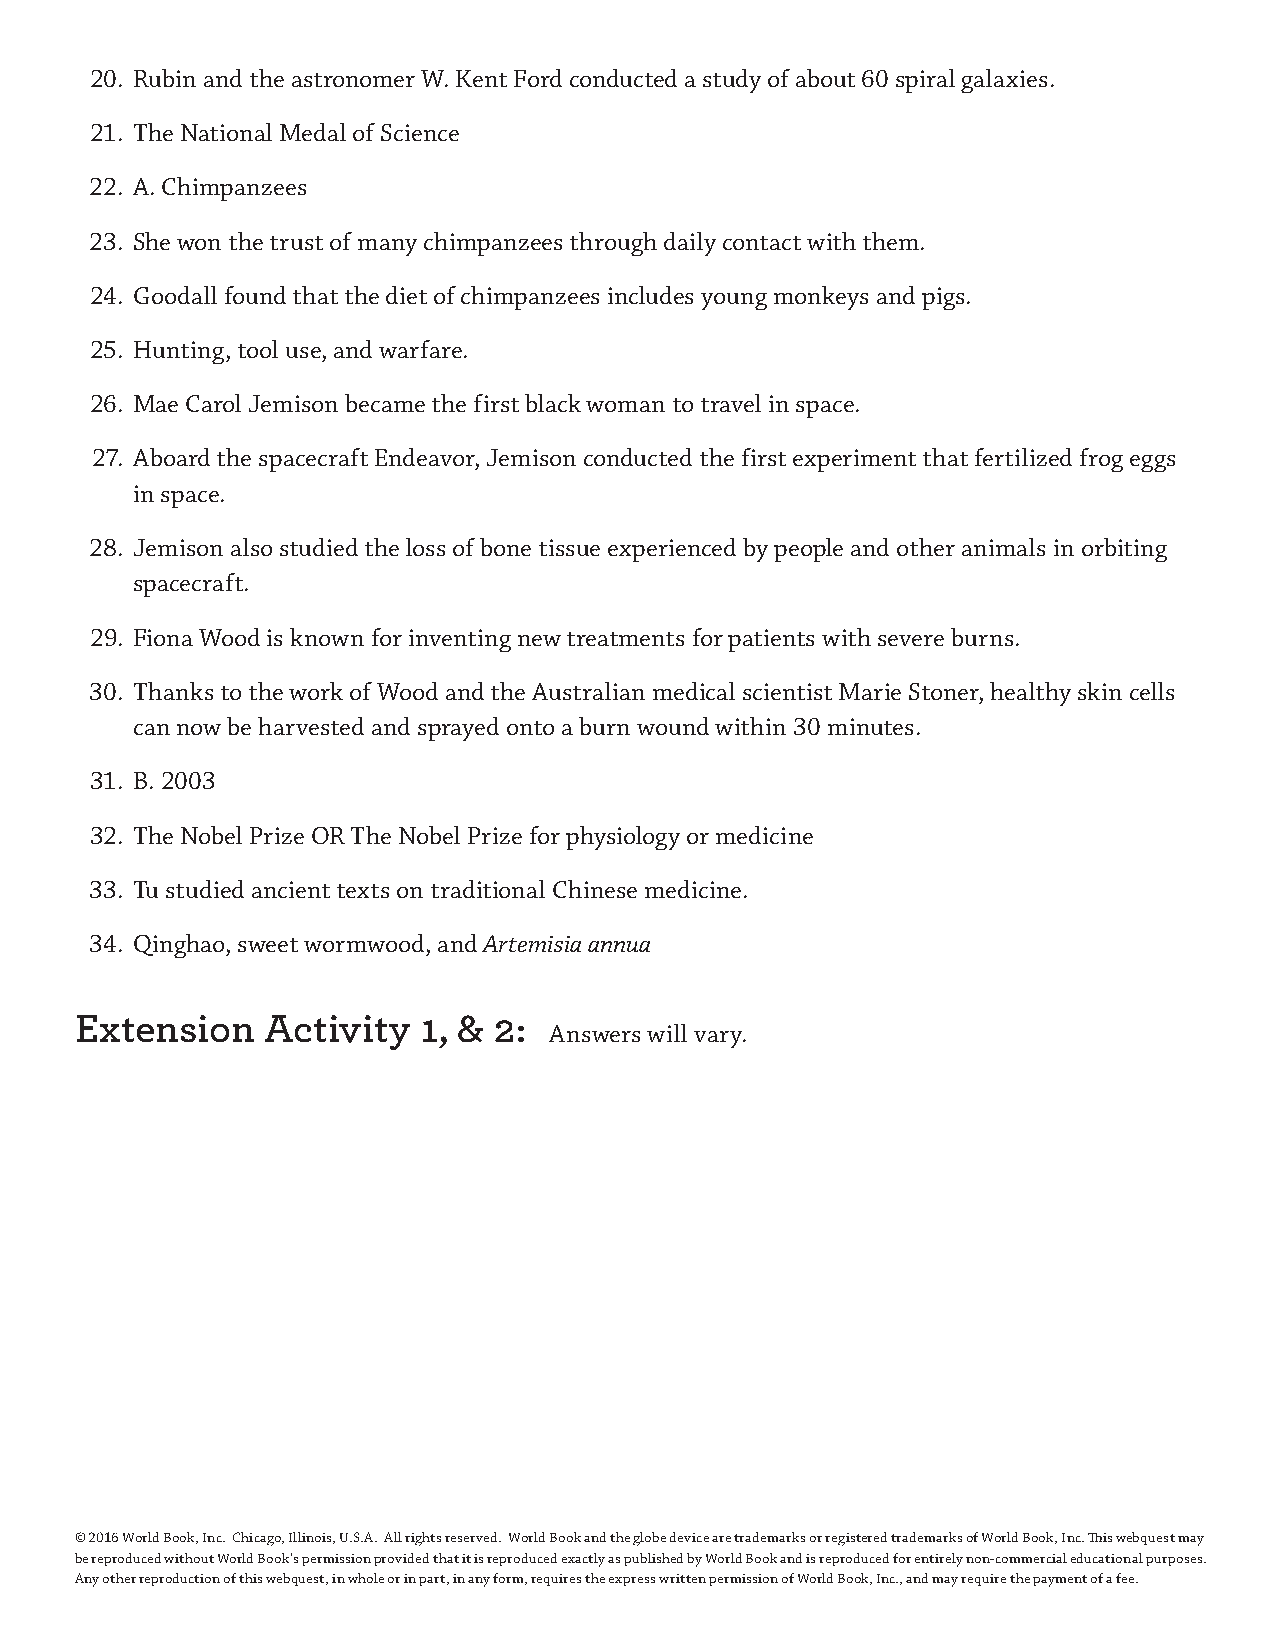
20. Rubin and the astronomer W. Kent Ford conducted a study of about 60 spiral galaxies.
 21. The National Medal of Science
 22. A. Chimpanzees
 23. She won the trust of many chimpanzees through daily contact with them.
 24. Goodall found that the diet of chimpanzees includes young monkeys and pigs.
 25. Hunting, tool use, and warfare.
 26. Mae Carol Jemison became the first black woman to travel in space.
 27. Aboard the spacecraft Endeavor, Jemison conducted the first experiment that fertilized frog eggs
 in space.
 28. Jemison also studied the loss of bone tissue experienced by people and other animals in orbiting
 spacecraft.
 29. Fiona Wood is known for inventing new treatments for patients with severe burns.
 30. Thanks to the work of Wood and the Australian medical scientist Marie Stoner, healthy skin cells
 can now be harvested and sprayed onto a burn wound within 30 minutes.
 31. B. 2003
 32. The Nobel Prize OR The Nobel Prize for physiology or medicine
 33. Tu studied ancient texts on traditional Chinese medicine.
 34. Qinghao, sweet wormwood, and Artemisia annua
 Extension    Activity  1, & 2:
 Answers will vary.
 © 2016 World Book, Inc. Chicago, Illinois, U.S.A. All rights reserved. World Book and the globe device are trademarks or registered trademarks of World Book, Inc. This webquest may
 be reproduced without World Book’s permission provided that it is reproduced exactly as published by World Book and is reproduced for entirely non-commercial educational purposes.
 Any other reproduction of this webquest, in whole or in part, in any form, requires the express written permission of World Book, Inc., and may require the payment of a fee.